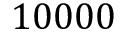
1 0 0 0 0